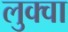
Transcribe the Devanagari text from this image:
लुक्वा